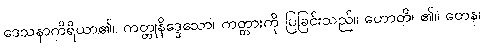
ဒေသနာကိရိယာ၏။ ကတ္တုနိဒ္ဒေသော၊ ကတ္တားကို ပြခြင်းသည်။ ဟောတိ၊ ၏။ တေန၊